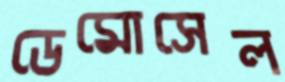
ডেমোসেল